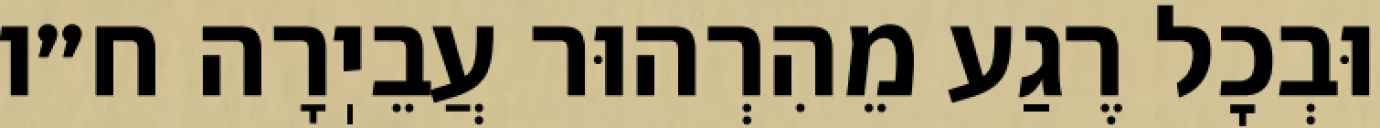
וּבְכׇל רֶגַע מֵהִרְהוּר עֲבֵיֽרָה ח״ו